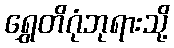
ရွှေတိဂုံဘုရားသို့